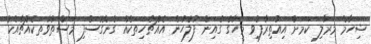
ޝިހާމް މަރާލި ކަމަށް އިއުތިރާފުވި މީހާގެ ގެއިން ފުލުހުން އެއްޗެހިތަކެއް ގެންގޮސްފި މަސްތުވާތަކެއްޗާއެކު